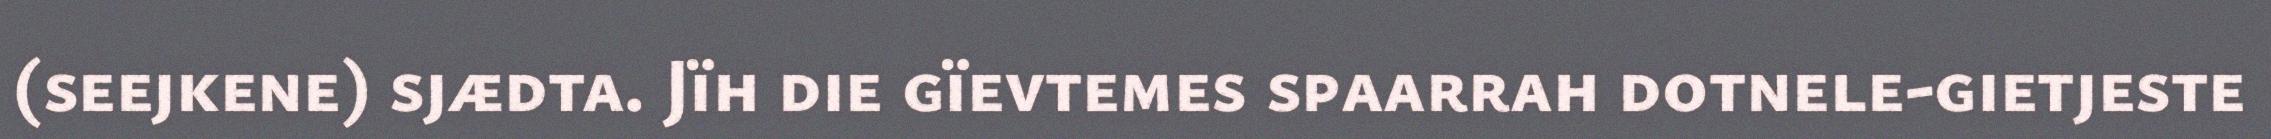
(seejkene) sjædta. Jïh die gïevtemes spaarrah dotnele-gietjeste